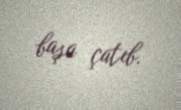
başa çatıb.